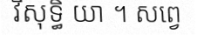
វិសុទ្ធិ យា ។ សព្វេ